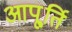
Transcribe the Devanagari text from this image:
आपू्र्ति